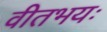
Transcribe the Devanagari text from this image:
वीतभयः